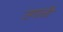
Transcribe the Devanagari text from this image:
उगाती